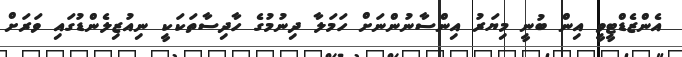
އެންޒެޑްޓީވީ އިން ބުނީ މިޔަރު އިންސާނުންނަށް ހަމަލާ ދިނުމުގެ ހާދިސާތަކަކީ ނިއުޒިލެންޑުގައި ވަރަށް